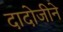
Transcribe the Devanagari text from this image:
दादोजीने